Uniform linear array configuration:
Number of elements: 4
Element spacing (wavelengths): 1
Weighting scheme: hann
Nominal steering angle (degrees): -60
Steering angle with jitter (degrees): -59.162
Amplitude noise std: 0.05
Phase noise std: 0.05

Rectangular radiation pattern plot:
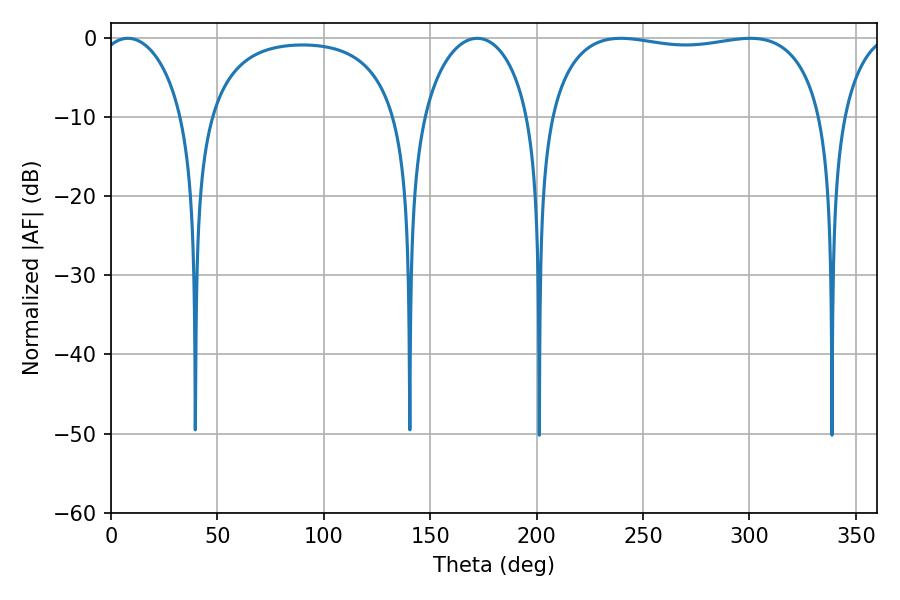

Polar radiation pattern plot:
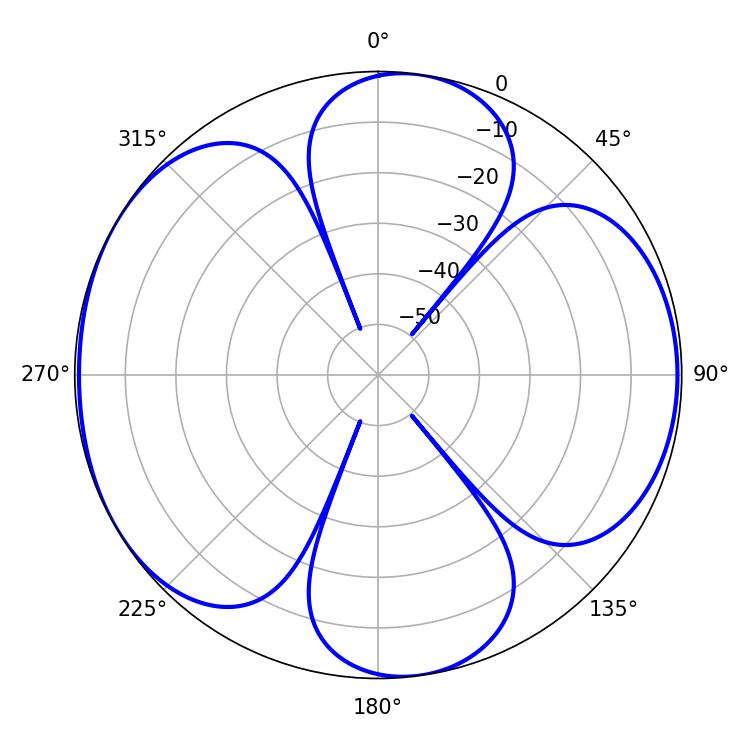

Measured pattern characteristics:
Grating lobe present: TRUE
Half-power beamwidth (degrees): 22.68
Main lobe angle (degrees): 7.92